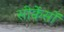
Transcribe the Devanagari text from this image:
सीक्वेंसों